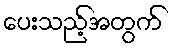
ပေးသည့်အတွက်